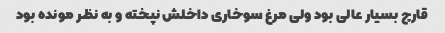
قارچ بسیار عالى بود ولى مرغ سوخارى داخلش نپخته و به نظر مونده بود